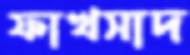
ফাখসাদ